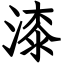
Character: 漆